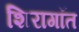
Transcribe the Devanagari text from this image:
शिरागॉत